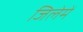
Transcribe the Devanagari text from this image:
जिलेमें